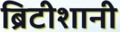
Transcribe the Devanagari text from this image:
ब्रिटीशानी